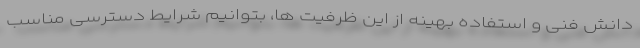
دانش فنی و استفاده بهینه از این ظرفیت ها، بتوانیم شرایط دسترسی مناسب